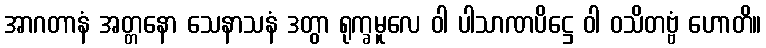
အာဂတာနံ အတ္တနော သေနာသနံ ဒတွာ ရုက္ခမူလေ ဝါ ပါသာဏပိဋ္ဌေ ဝါ ဝသိတဗ္ဗံ ဟောတိ။